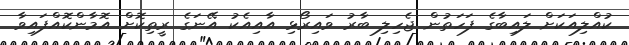
ކުއްލިއަކަށް ލައިބާގެ ފަހަތުން ޖެހިލި ބާރު ވައިރޯޅި އާއިއެކު އޭނަގެ ރީތިކޮށް އޮމާންކޮއްފައިވާ